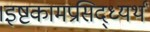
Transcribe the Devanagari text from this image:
।इष्टकामप्रसिद्ध्यर्थं